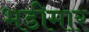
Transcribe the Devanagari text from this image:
भडीमार